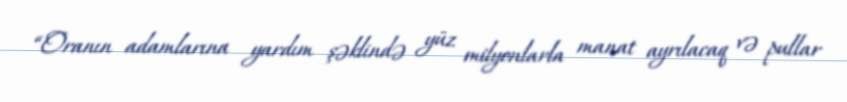
“Oranın adamlarına yardım şəklində yüz milyonlarla manat ayrılacaq və pullar